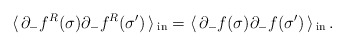
\begin{align*}\langle\, \partial_{-}f^{R}(\sigma)\partial_{-}f^{R}(\sigma')\, \rangle \,_{\rm{in}} =\langle\, \partial_{-}f(\sigma)\partial_{-}f(\sigma')\, \rangle \,_{\rm{in}} \,.\end{align*}